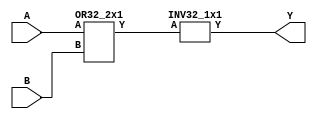
// Name: logic_32_bit.v
// Module: 
// Input: 
// Output: 
//
// Notes: Common definitions
// 
//
// Revision History:
//
// Version	Date		Who		email			note
//------------------------------------------------------------------------------------------
//  1.0     Sep 02, 2014	Kaushik Patra	kpatra@sjsu.edu		Initial creation
//------------------------------------------------------------------------------------------
//

// 32-bit NOR
module NOR32_2x1(Y,A,B);
//output 
output [31:0] Y;
//input
input [31:0] A;
input [31:0] B;

wire [31:0] or_w; // Wire to transfer the result of 32-bit or
OR32_2x1 or32_inst(.Y(or_w), .A(A), .B(B)); // OR A
INV32_1x1 inv32_inst(.Y(Y), .A(or_w)); // INV (OR A)

endmodule

// 32-bit AND
module AND32_2x1(Y,A,B);
//output 
output [31:0] Y;
//input
input [31:0] A;
input [31:0] B;
// My work below
genvar i;
generate
for (i = 0; i < 32; i = i + 1) begin : and32_gen_loop
	and and_inst(Y[i], A[i], B[i]);
end
endgenerate
endmodule

// 32-bit inverter
module INV32_1x1(Y,A);
//output 
output [31:0] Y;
//input
input [31:0] A;

// My work below
genvar i;
generate
for (i = 0; i < 32; i = i + 1) begin : inv32_gen_loop
	not not_inst(Y[i], A[i]);
end
endgenerate
endmodule

// 32-bit OR
module OR32_2x1(Y,A,B);
//output 
output [31:0] Y;
//input
input [31:0] A;
input [31:0] B;

// My work below
genvar i;
generate
for (i = 0; i < 32; i = i + 1) begin : or32_gen_loop
	or or_inst(Y[i], A[i], B[i]);
end
endgenerate
endmodule
// BUFF 32x32
module BUF32x32(Y, S);
output [31:0] Y;
input [31:0] S;
genvar i;
generate
for(i = 0; i < 32; i = i + 1) begin: buf32x32_loop
	buf buf_inst(Y[i], S[i]);
end
endgenerate
endmodule